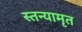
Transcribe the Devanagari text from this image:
स्तन्यामृत